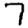
Digit: 7